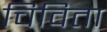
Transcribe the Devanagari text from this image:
चिविता